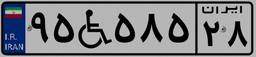
۸۱W۸۷۰۲۶